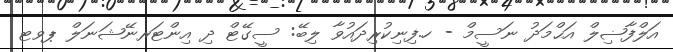
އަލްފާޟިލް އަޙްމަދު ނަސީމް - ހ.ފިނިކުރިދައުވާ ލިބޭ: ސީގޭޓް ދި އިންޓަރނޭޝަނަލް ޕވޓ